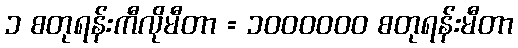
၁ စတုရန်းကီလိုမီတာ = ၁၀၀၀၀၀၀ စတုရန်းမီတာ